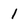
Character: 1